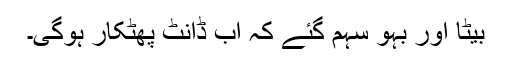
بیٹا اور بہو سہم گئے کہ اب ڈانٹ پھٹکار ہوگی۔